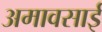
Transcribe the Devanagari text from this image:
अमावसाई